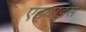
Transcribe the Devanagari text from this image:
एड्वर्डस